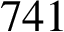
7 4 1